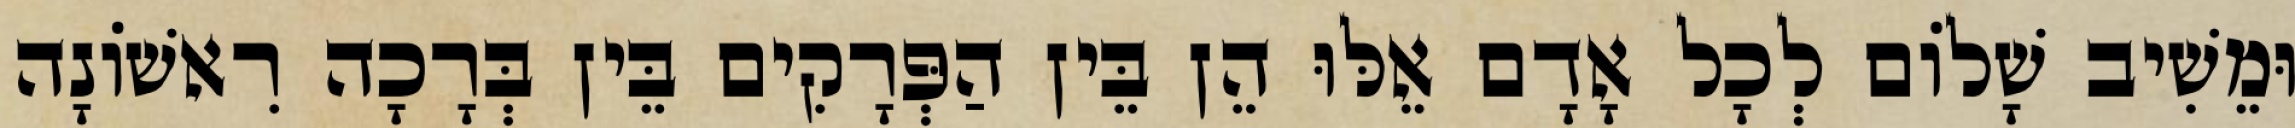
וּמֵשִׁיב שָׁלוֹם לְכָל אָדָם אֵלּוּ הֵן בֵּין הַפְּרָקִים בֵּין בְּרָכָה רִאשׁוֹנָה